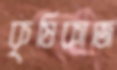
কৃষিকাজে